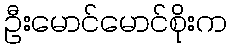
ဦးမောင်မောင်စိုးက